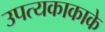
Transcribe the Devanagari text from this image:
उपत्यकाकाके